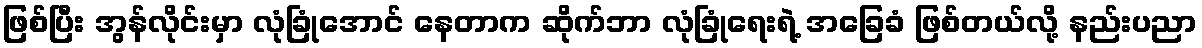
ဖြစ်ပြီး အွန်လိုင်းမှာ လုံခြုံအောင် နေတာက ဆိုက်ဘာ လုံခြုံရေးရဲ့ အခြေခံ ဖြစ်တယ်လို့ နည်းပညာ